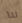
لنا